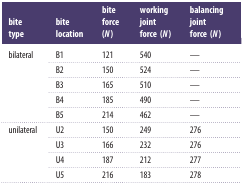
<table><thead><tr><td><b>bite type</b></td><td><b>bite location</b></td><td><b>bite force (<i>N</i>)</b></td><td><b>working joint force (<i>N</i>)</b></td><td><b>balancing joint force (<i>N</i>)</b></td></tr></thead><tbody><tr><td rowspan="5">bilateral</td><td>B1</td><td>121</td><td>540</td><td>—</td></tr><tr><td>B2</td><td>150</td><td>524</td><td>—</td></tr><tr><td>B3</td><td>165</td><td>510</td><td>—</td></tr><tr><td>B4</td><td>185</td><td>490</td><td>—</td></tr><tr><td>B5</td><td>214</td><td>462</td><td>—</td></tr><tr><td rowspan="4">unilateral</td><td>U2</td><td>150</td><td>249</td><td>276</td></tr><tr><td>U3</td><td>166</td><td>232</td><td>276</td></tr><tr><td>U4</td><td>187</td><td>212</td><td>277</td></tr><tr><td>U5</td><td>216</td><td>183</td><td>278</td></tr></tbody></table>